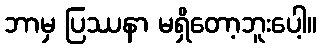
ဘာမှ ပြဿနာ မရှိတော့ဘူးပေါ့။